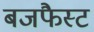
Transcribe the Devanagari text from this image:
बजफैस्ट